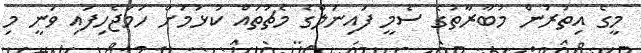
މީގެ އިތުރުން މުބާރާތުގެ ސެމީ ފައިނަލްގެ މެޗުތައް ކުޅުމަށް ހަމަޖެހިފައި ވަނީ މި